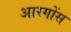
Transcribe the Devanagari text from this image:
आरगोंस